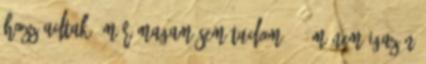
hozzáadtak, már magam sem tudom -- ám nem igazán